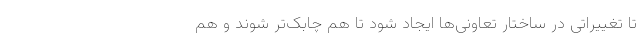
تا تغییراتی در ساختار تعاونی‌ها ایجاد شود تا هم چابک‌تر شوند و هم